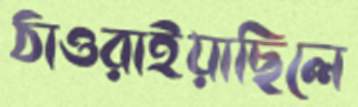
ঠাওরাইয়াছিলে